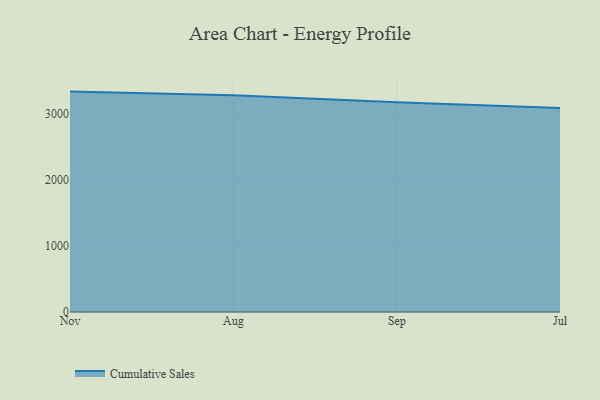
{"axis": {"x": "Month", "y": "Demand Index"}, "legend": ["Cumulative Sales"], "data": [{"x": "Nov", "y": 3341.9, "type": "Cumulative Sales"}, {"x": "Aug", "y": 3287.2, "type": "Cumulative Sales"}, {"x": "Sep", "y": 3180.0, "type": "Cumulative Sales"}, {"x": "Jul", "y": 3093.1, "type": "Cumulative Sales"}]}